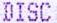
DISC